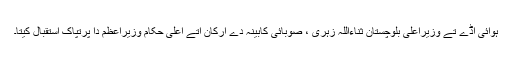
ہوائی اڈے تے وزیراعلیٰ بلوچستان ثناءاللہ زہری ، صوبائی کابینہ دے ارکان اتے اعلیٰ حکام وزیراعظم دا پرتپاک استقبال کیتا۔